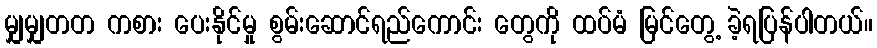
မျှမျှတတ ကစား ပေးနိုင်မှု စွမ်းဆောင်ရည်ကောင်း တွေကို ထပ်မံ မြင်တွေ့ ခဲ့ရပြန်ပါတယ်။